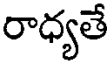
రాధ్యతే